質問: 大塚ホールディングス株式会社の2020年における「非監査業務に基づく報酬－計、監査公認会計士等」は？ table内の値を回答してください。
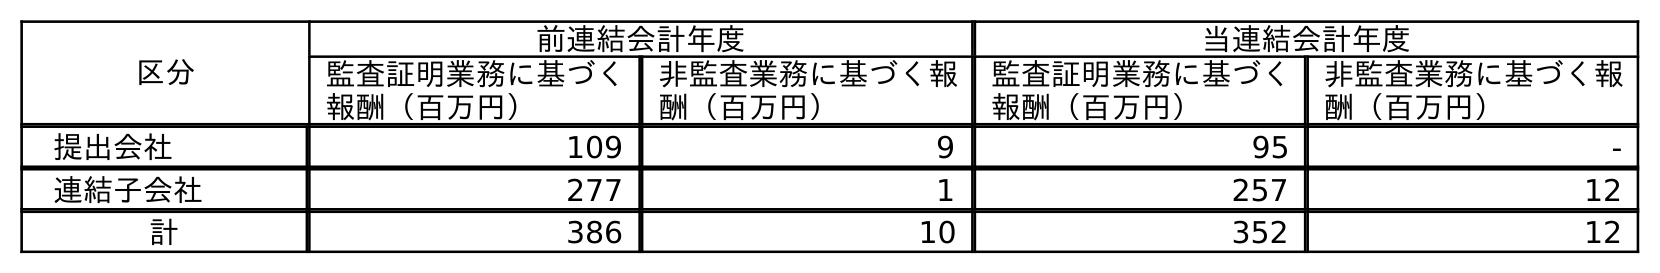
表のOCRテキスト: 区分 前連結会計年度 当連結会計年度 監査証明業務に基づく 報酬（百万円） 非監査業務に基づく報 酬（百万円） 監査証明業務に基づく 報酬（百万円） 非監査業務に基づく報 酬（百万円） 提出会社 109 9 95 - 連結子会社 277 1 257 12 計 386 10 352 12
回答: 12